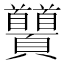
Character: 𩖐